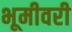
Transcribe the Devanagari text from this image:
भूमीवरी